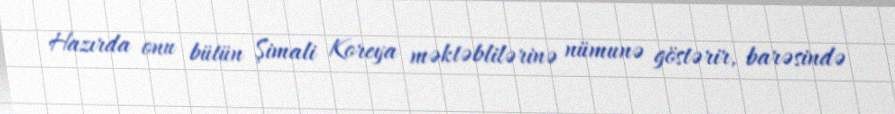
Hazırda onu bütün Şimali Koreya məktəblilərinə nümunə göstərir, barəsində